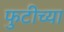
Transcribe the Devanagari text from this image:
फुटीच्या